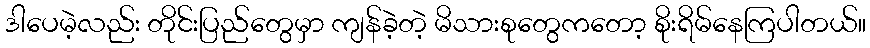
ဒါပေမဲ့လည်း တိုင်းပြည်တွေမှာ ကျန်ခဲ့တဲ့ မိသားစုတွေကတော့ စိုးရိမ်နေကြပါတယ်။